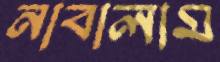
নাবালাম